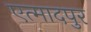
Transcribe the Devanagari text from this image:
एत्मादपुर